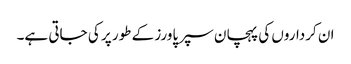
ان کرداروں کی پہچان سپر پاورز کے طور پر کی جاتی ہے۔